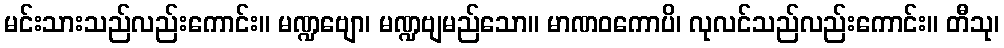
မင်းသားသည်လည်းကောင်း။ မဏ္ဍဗျော၊ မဏ္ဍဗျမည်သော။ မာဏဝကောပိ၊ လုလင်သည်လည်းကောင်း။ တီသု၊